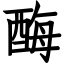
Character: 酶